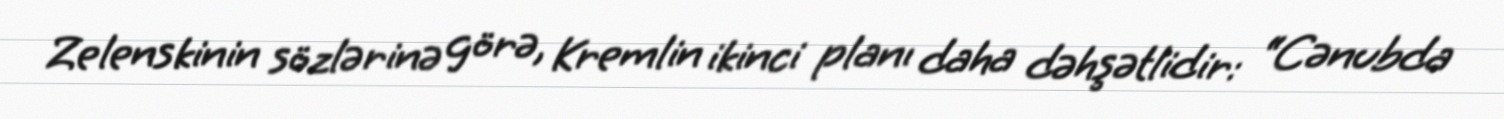
Zelenskinin sözlərinə görə, Kremlin ikinci planı daha dəhşətlidir: “Cənubda